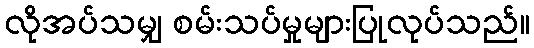
လိုအပ်သမျှ စမ်းသပ်မှုများပြုလုပ်သည်။